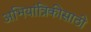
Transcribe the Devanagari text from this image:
अभियांत्रिकीसाठी